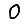
Digit: 0